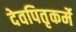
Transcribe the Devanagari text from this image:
देवपितृकर्मे